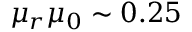
\mu _ { r } \mu _ { 0 } \sim 0 . 2 5